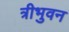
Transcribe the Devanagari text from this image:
त्रीभुवन